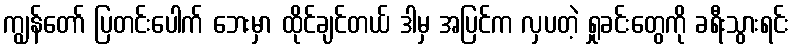
ကျွန်တော် ပြတင်းပေါက် ဘေးမှာ ထိုင်ချင်တယ် ဒါမှ အပြင်က လှပတဲ့ ရှုခင်းတွေကို ခရီးသွားရင်း